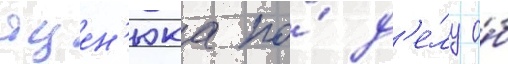
яцен'юка по́ д'е́лу о́б